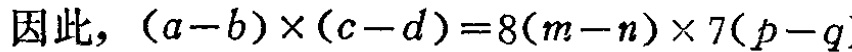
因此，\((a - b)\times(c - d)=8(m - n)\times7(p - q)\)